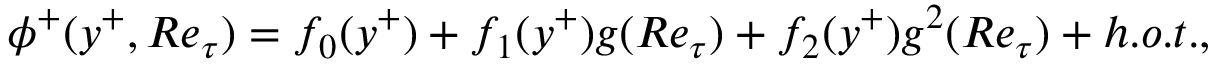
\phi ^ { + } ( y ^ { + } , R e _ { \tau } ) = f _ { 0 } ( y ^ { + } ) + f _ { 1 } ( y ^ { + } ) g ( R e _ { \tau } ) + f _ { 2 } ( y ^ { + } ) g ^ { 2 } ( R e _ { \tau } ) + h . o . t . ,